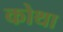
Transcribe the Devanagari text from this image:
कोथा